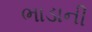
ભાડાની